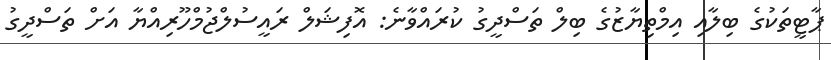
ޕާޓީތަކުގެ ބިލާއި އިމްތިޔާޒުގެ ބިލް ތަސްދީގު ކުރައްވާނެ: އޮފިޝަލް ރައީސުލްޖުމްހޫރިއްޔާ އަށް ތަސްދީގު